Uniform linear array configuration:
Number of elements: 48
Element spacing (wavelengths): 0.25
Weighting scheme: hann
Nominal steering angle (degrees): -45
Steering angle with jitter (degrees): -46.822
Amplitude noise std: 0.05
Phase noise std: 0.05

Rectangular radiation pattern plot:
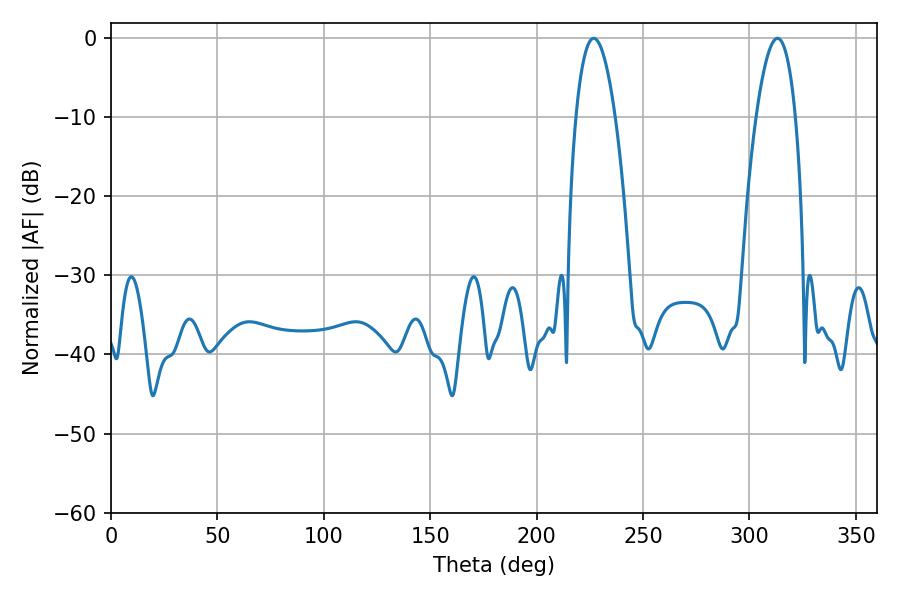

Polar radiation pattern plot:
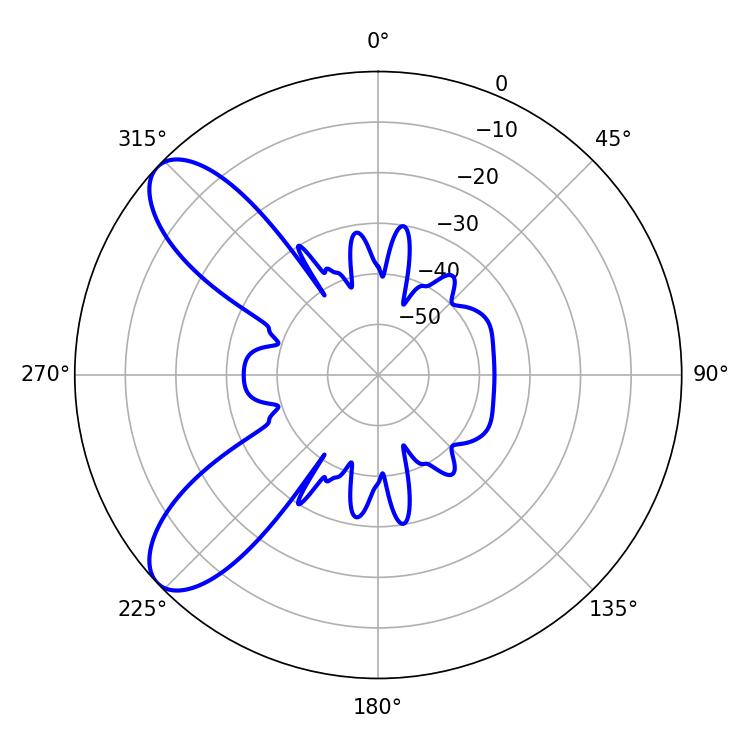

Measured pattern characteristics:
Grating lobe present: FALSE
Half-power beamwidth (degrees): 10.26
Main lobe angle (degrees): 226.8